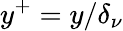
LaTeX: y^{+}=y/\delta_{\nu}